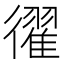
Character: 𢖈